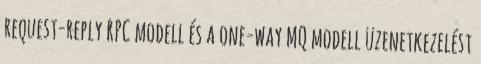
request-reply RPC modell és a one-way MQ modell üzenetkezelést